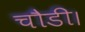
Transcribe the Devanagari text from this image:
चौडी।